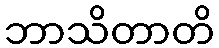
ဘာသိတာတိ